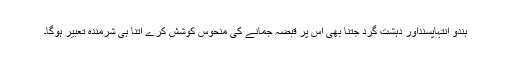
ہندو انتہاپسنداور دہشت گرد جتنا بھی اس پر قبضہ جمانے کی منحوس کوشش کرے اتنا ہی شرمندہ تعبیر ہوگا۔